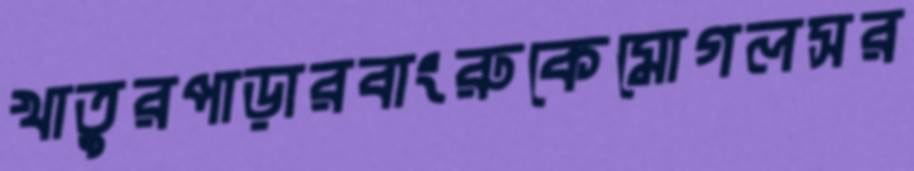
খাতুরপাড়ারবাংরুকেমোগলসর